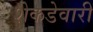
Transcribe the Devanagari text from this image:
शेकडेवारी